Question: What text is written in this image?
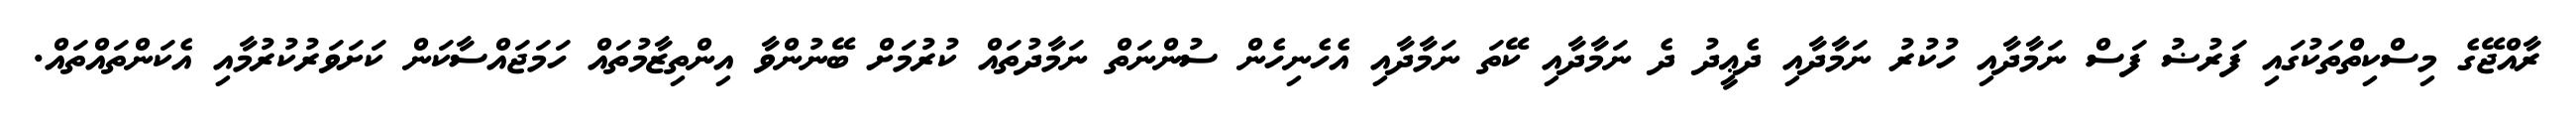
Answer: ރާއްޖޭގެ މިސްކިތްތަކުގައި ފަރުޟު ފަސް ނަމާދާއި ހުކުރު ނަމާދާއި ދެޢީދު ދެ ނަމާދާއި ކޭތަ ނަމާދާއި އެހެނިހެން ސުންނަތް ނަމާދުތައް ކުރުމަށް ބޭނުންވާ އިންތިޒާމުތައް ހަމަޖައްސާކަން ކަށަވަރުކުރުމާއި އެކަންތައްތައް.